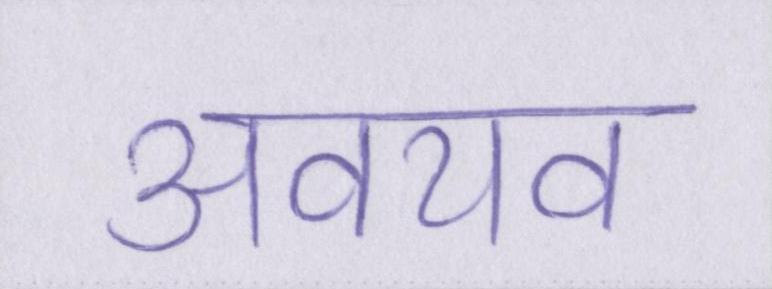
अवयव